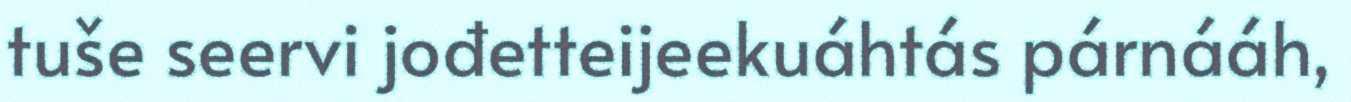
tuše seervi jođetteijeekuáhtás párnááh,